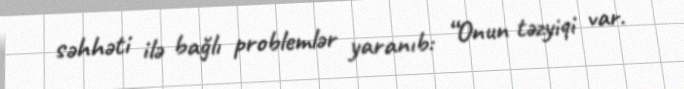
səhhəti ilə bağlı problemlər yaranıb: “Onun təzyiqi var.